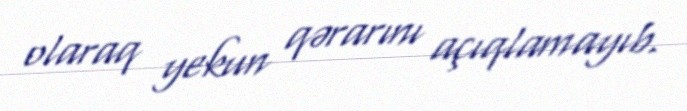
olaraq yekun qərarını açıqlamayıb.